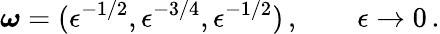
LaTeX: \boldsymbol{\omega}=(\epsilon^{-1/2},\epsilon^{-3/4},\epsilon^{-1/2})\, ,\qquad\epsilon\to 0\, .